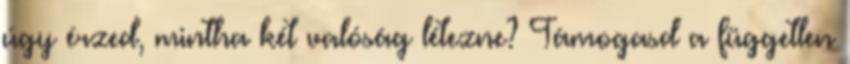
úgy érzed, mintha két valóság létezne? Támogasd a független